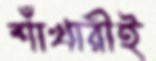
শাঁখারীই